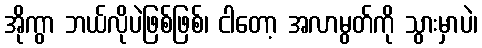
အိုကွာ ဘယ်လိုပဲဖြစ်ဖြစ်၊ ငါတော့ အလာမွတ်ကို သွားမှာပဲ၊